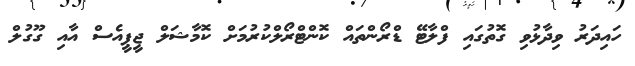
ހައިދަރު ވިދާޅުވި ގޮތުގައި ފްލާޓޭ ޑްރޯންތައް ކޮންޓްރޯލްކުރުމަށް ކޮމާޝަލް ޖީޕީއެސް އާއި ގޫގުލް